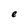
Character: e